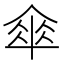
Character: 傘